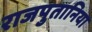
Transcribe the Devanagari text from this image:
राजपुतानिया